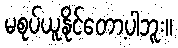
မစုပ်ယူနိုင်တော့ပါဘူး။